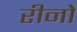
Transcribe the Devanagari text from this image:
रीनो